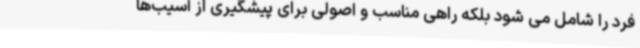
فرد را شامل می شود بلکه راهی مناسب و اصولی برای پیشگیری از آسیب‌ها